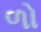
ળો